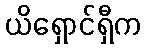
ယိရှောင်ရှီက